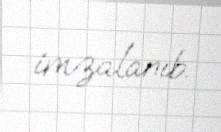
imzalanıb.